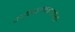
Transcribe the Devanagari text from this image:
पर्जन्यमानाचीही